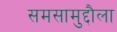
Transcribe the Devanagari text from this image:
समसामुद्दौला